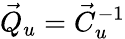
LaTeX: \vec{Q}_{u}=\vec{C}_{u}^{-1}